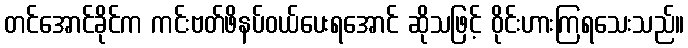
တင်အောင်ခိုင်က ကင်းဗတ်ဖိနပ်ဝယ်ပေးရအောင် ဆိုသဖြင့် ဝိုင်းဟားကြရသေးသည်။